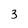
Character: 3